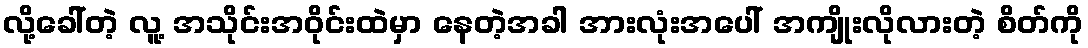
လို့ခေါ်တဲ့ လူ့ အသိုင်းအဝိုင်းထဲမှာ နေတဲ့အခါ အားလုံးအပေါ် အကျိုးလိုလားတဲ့ စိတ်ကို